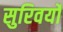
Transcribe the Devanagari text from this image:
सुरिवर्यों